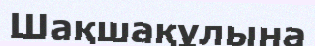
Шақшақұлына